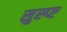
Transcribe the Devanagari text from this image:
सुस्प्ष्ट